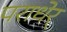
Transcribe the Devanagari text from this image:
पराधेर्